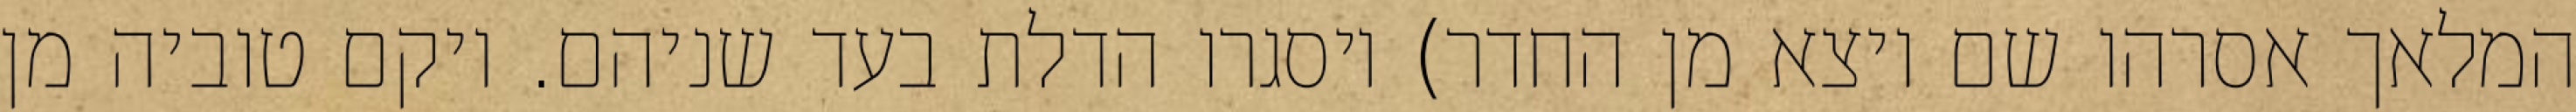
המלאך אסרהו שם ויצא מן החדר) ויסגרו הדלת בעד שניהם. ויקם טוביה מן